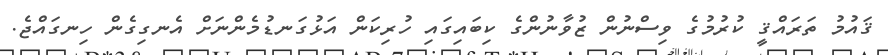
ޤައުމު ތަރައްޤީ ކުރުމުގެ ވިސްނުން ޒުވާނުންގެ ކިބައިގައި ހުރިކަން އަޅުގަނޑުމެންނަށް އެނގިގެން ހިނގައްޖެ.